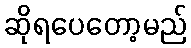
ဆိုရပေတော့မည်